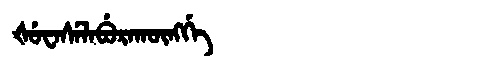
Manchu: ᡧᡠᠸᠠᠰᡝᠯᠠᠪᡠᡵᠠᡴᡡᠩᡤᡝ
Romanization: ŠUWASELABURAKŪNGGE